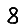
Digit: 8